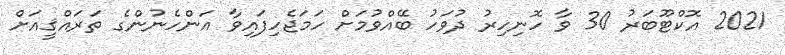
2021 އޮކްޓޫބަރު 30 ވާ ހޮނިހިރު ދުވަހު ބޭއްވުމަށް ހަމަޖެހިފައިވާ އަންހެނުންގެ ތަރައްޤީއަށް